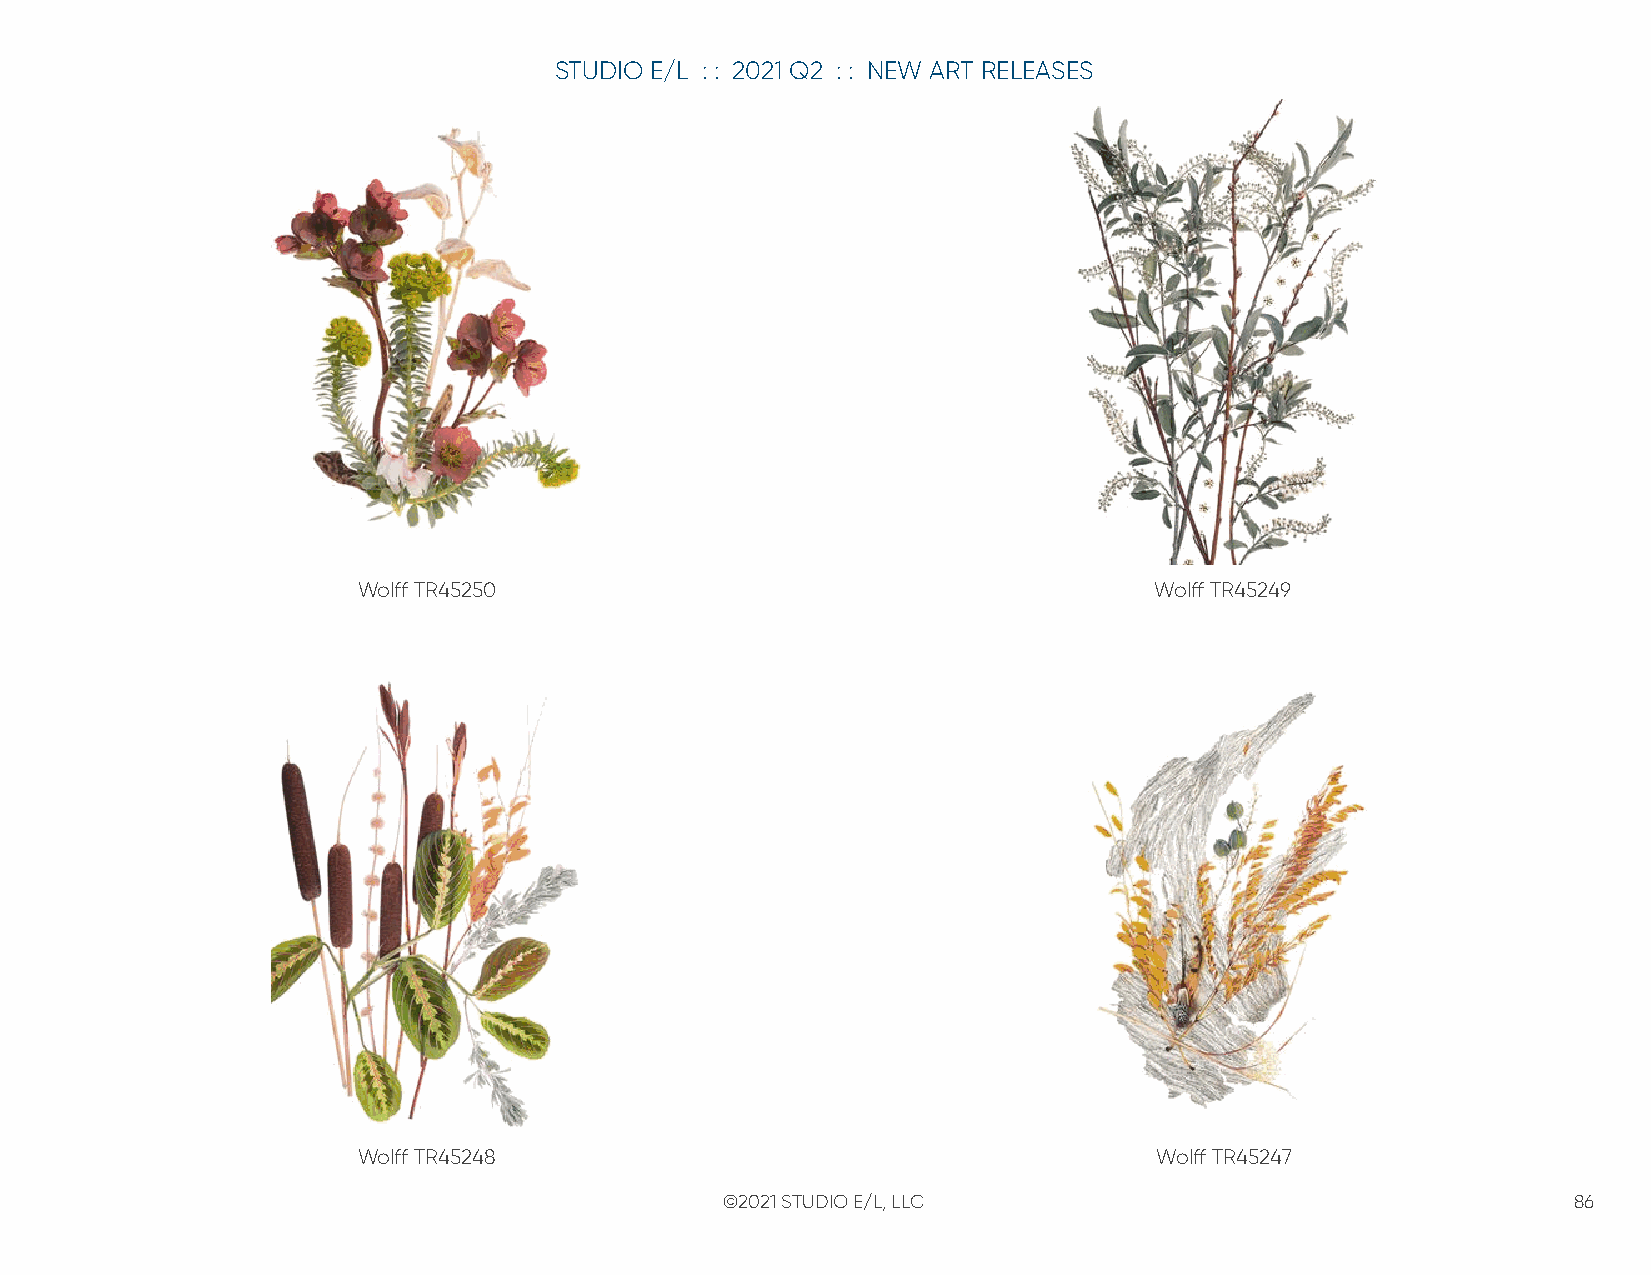
STUDIO E/L : : 2021 Q2 : : NEW ART RELEASES
 Wolff TR45250                                       Wolff TR45249
 Wolff TR45248                                       Wolff TR45247
 ©2021 STUDIO E/L, LLC                                   86